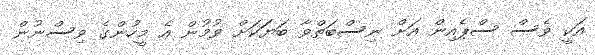
އަކީ ވެސް ސްޕެއިން އަށް ނިސްބަތްވާ ބަޔަަކަށް ވުމުން އެ މީހުންގެ ވިސްނުން